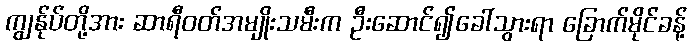
ကျွန်ုပ်တို့အား ဆာရီဝတ်အမျိုးသမီးက ဦးဆောင်၍ခေါ်သွားရာ ခြောက်မိုင်ခန့်